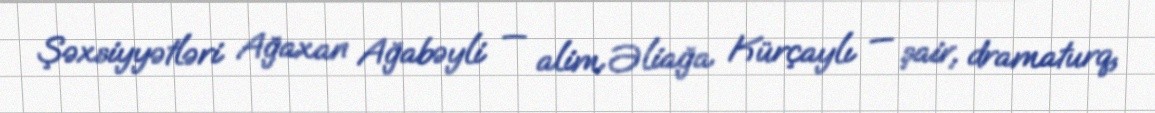
Şəxsiyyətləri Ağaxan Ağabəyli — alim Əliağa Kürçaylı — şair, dramaturq,